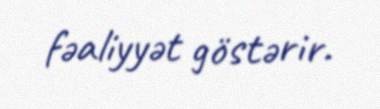
fəaliyyət göstərir.